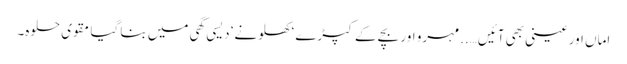
اماں اور عینی بھی آئیں…..مہرو اور بچے کے کپڑے ‘ کھلونے‘ دیسی گھی میں بنا گیا مقوی حلوہ۔